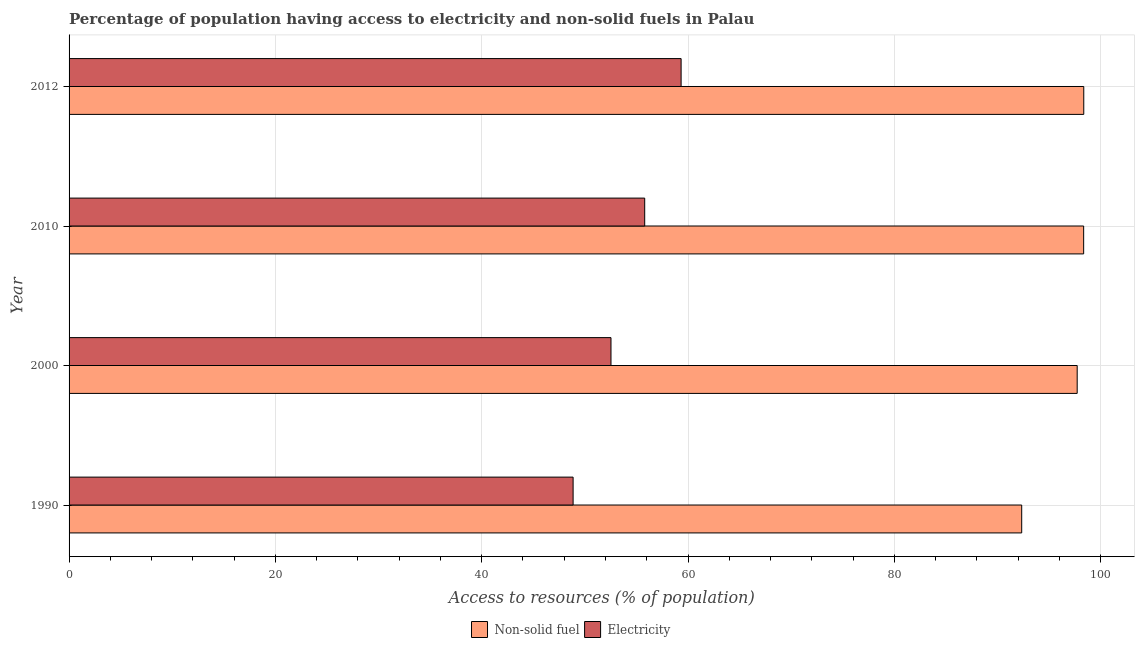
| Year | Non-solid fuel | Electricity |
 | --- | --- | --- |
 | 1990 | 92.3 | 48.9 |
 | 2000 | 97.7 | 52.5 |
 | 2010 | 98.4 | 55.8 |
 | 2012 | 98.4 | 59.3 |